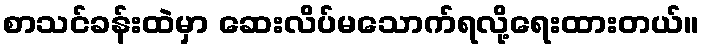
စာသင်ခန်းထဲမှာ ဆေးလိပ်မသောက်ရလို့ရေးထားတယ်။